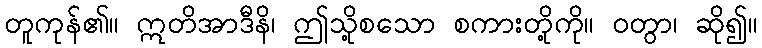
တူကုန်၏။ ဣတိအာဒီနိ၊ ဤသို့စသော စကားတို့ကို။ ဝတွာ၊ ဆို၍။